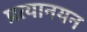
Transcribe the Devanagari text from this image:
प्रत्यानयन